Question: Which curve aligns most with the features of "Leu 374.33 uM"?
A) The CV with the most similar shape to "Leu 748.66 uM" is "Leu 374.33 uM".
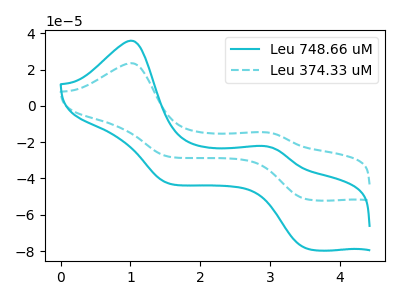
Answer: <think>The cyan curve "Leu 748.66 uM" has anodic peaks at (1.00V, 35.95uA) (2.90V, -22.20uA) and cathodic peaks at (3.50V, -78.50uA) (1.55V, -42.70uA). The cyan dashed curve "Leu 374.33 uM" has anodic peaks at (1.00V, 23.50uA) (2.90V, -14.50uA) and cathodic peaks at (3.50V, -51.40uA) (1.55V, -27.95uA).
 All the peaks in "Leu 748.66 uM" have a peak in "Leu 374.33 uM" at the same potential.</think>
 <answer>A) The CV with the most similar shape to "Leu 748.66 uM" is "Leu 374.33 uM".</answer>
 <eval>A</eval>